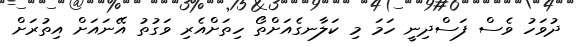
ދުވަހު ވެސް ފަސްދިނީ ހަމަ މި ކަލާނގެއަށްތޯ ހިތަށްއެރި ވަގުތު އޭނައަށް އިތުރަށް